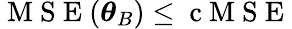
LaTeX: \mathrm{~M~S~E~}(\boldsymbol{\theta}_{B})\leq\mathrm{~c~M~S~E~}